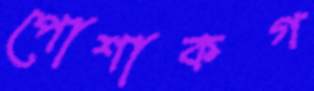
পোশাকগ